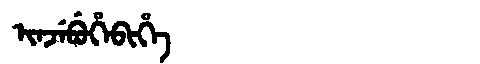
Manchu: ᡳᠨᠵᡝᠪᡠᡥᡝᠪᡳᡥᡝ
Romanization: INJEBUHEBIHE